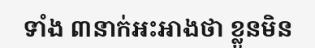
ទាំង ៣នាក់អះអាងថា ខ្លួនមិន